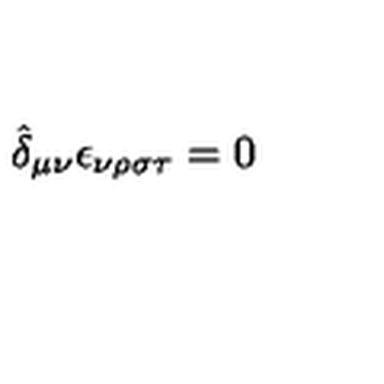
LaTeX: \hat { \delta } _ { \mu \nu } \epsilon _ { \nu \rho \sigma \tau } = 0